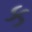
ક